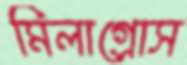
মিলাগ্রোস